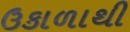
ઉકાળાથી